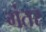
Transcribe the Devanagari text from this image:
गंतर